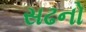
સઢનો